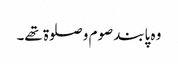
وہ پابند صوم و صلوۃ تھے۔